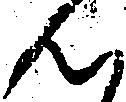
ん